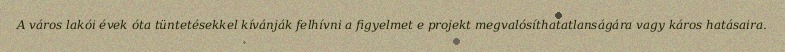
A város lakói évek óta tüntetésekkel kívánják felhívni a figyelmet e projekt megvalósíthatatlanságára vagy káros hatásaira.